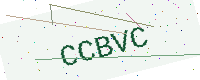
Text: CCBVC